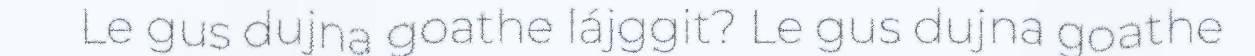
Le gus dujna goathe lájggit? Le gus dujna goathe